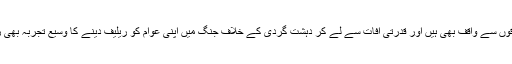
وہ تمام علاقوں سے واقف بھی ہیں اور قدرتی آفات سے لے کر دہشت گردی کے خلاف جنگ میں اپنی عوام کو ریلیف دینے کا وسیع تجربہ بھی رکھتے ہیں۔